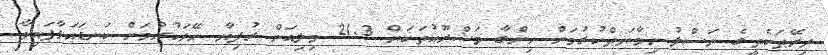
ދިރޭތަކެތީގެ ނަސްލު ހިމާޔަތްކުރުމަށް ހިންގާ މަޝްރޫއުތަކަށް 21.3 މިލިއަން ރުފިޔާ ހޭދަކުރުމަށް ކަނޑައަޅާފައިވާ